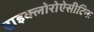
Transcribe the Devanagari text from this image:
ट्राइक्लोरोऐसीटिक